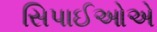
સિપાઈઓએ